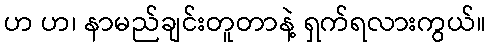
ဟ ဟ၊ နာမည်ချင်းတူတာနဲ့ ရှက်ရလားကွယ်။